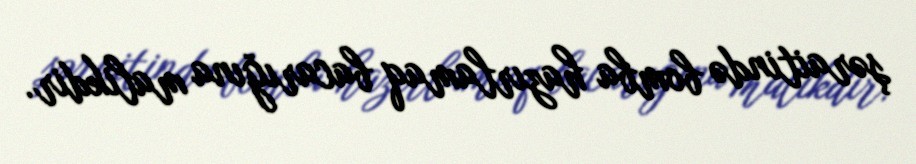
şəraitində bomba hazırlamaq bacarığına malikdir.